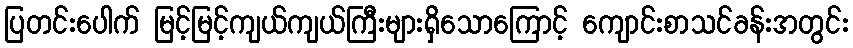
ပြတင်းပေါက် မြင့်မြင့်ကျယ်ကျယ်ကြီးများရှိသောကြောင့် ကျောင်းစာသင်ခန်းအတွင်း